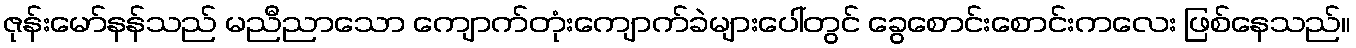
ဇုန်းမော်နန်သည် မညီညာသော ကျောက်တုံးကျောက်ခဲများပေါ်တွင် ခွေစောင်းစောင်းကလေး ဖြစ်နေသည်။